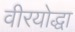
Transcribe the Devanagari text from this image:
वीरयोद्धा